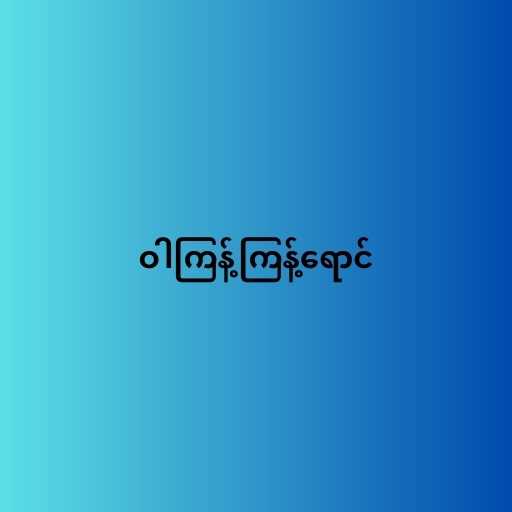
ဝါကြန့်ကြန့်ရောင်